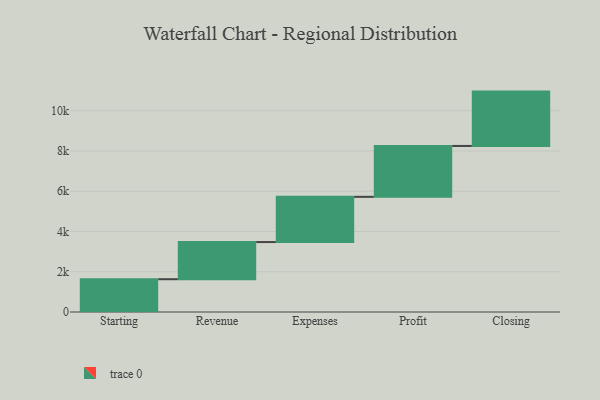
{"axis": {"x": "Step", "y": "Value"}, "legend": [""], "data": [{"x": "Starting", "y": 1629.0, "type": ""}, {"x": "Revenue", "y": 1846.0, "type": ""}, {"x": "Expenses", "y": 2247.0, "type": ""}, {"x": "Profit", "y": 2528.0, "type": ""}, {"x": "Closing", "y": 2701.0, "type": ""}]}